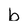
Character: b